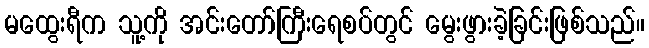
မထွေးရီက သူ့ကို အင်းတော်ကြီးရေစပ်တွင် မွေးဖွားခဲ့ခြင်းဖြစ်သည်။